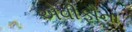
એવીફૌના